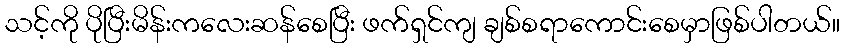
သင့်ကို ပိုပြီးမိန်းကလေးဆန်စေပြီး ဖက်ရှင်ကျ ချစ်စရာကောင်းစေမှာဖြစ်ပါတယ်။